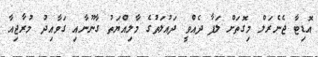
އޮޑިޓާ ޖެނެރަލް މިގޮތަށް ލަފާ ދެއްވީ ދައުލަތުގެ މާލިއްޔަތު ގާނޫނާއި ގަވާއިދު މުރާޖިއާ